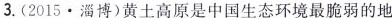
3.(2015·淄博)黄土高原是中国生态环境最脆弱的地